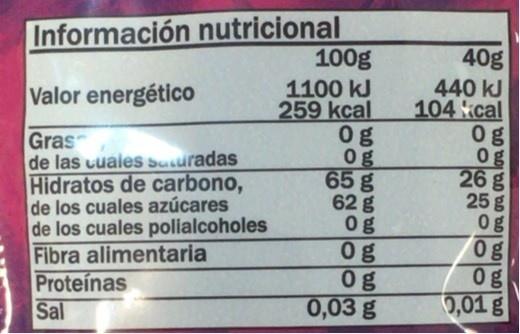
Información nutricional 100g
40g
1100 kJ 259 kcal 0g 0g 65 g 62 g 0g 0g 0g 0,03 g
440 kJ 104 kcal 0g 0g 26 g 25 g 0g 0g 0g 0,01 g
Valor energético
Gras de las cuales Susuradas Hidratos de carbono, de los cuales azúcares de los cuales polialcoholes Fibra alimentaria Proteínas Sal